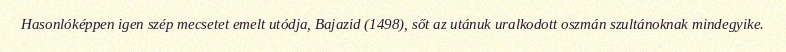
Hasonlóképpen igen szép mecsetet emelt utódja, Bajazid (1498), sőt az utánuk uralkodott oszmán szultánoknak mindegyike.